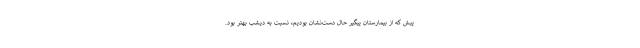
پیش که از بیمارستان پیگیر حال دست‌نشان بودیم، نسبت به دیشب بهتر بود.